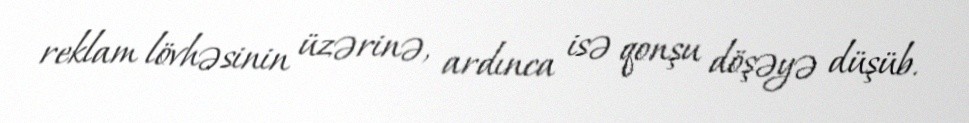
reklam lövhəsinin üzərinə, ardınca isə qonşu döşəyə düşüb.